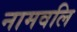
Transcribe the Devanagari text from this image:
नामवलि